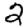
Digit: 2